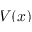
V ( x )